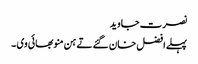
نصرت جاوید
پہلے افضل خان گئے تے ہن منو بھائی وی ۔